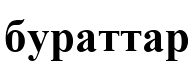
бураттар